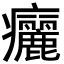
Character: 㿛